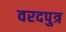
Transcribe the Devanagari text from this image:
वरदपुत्र